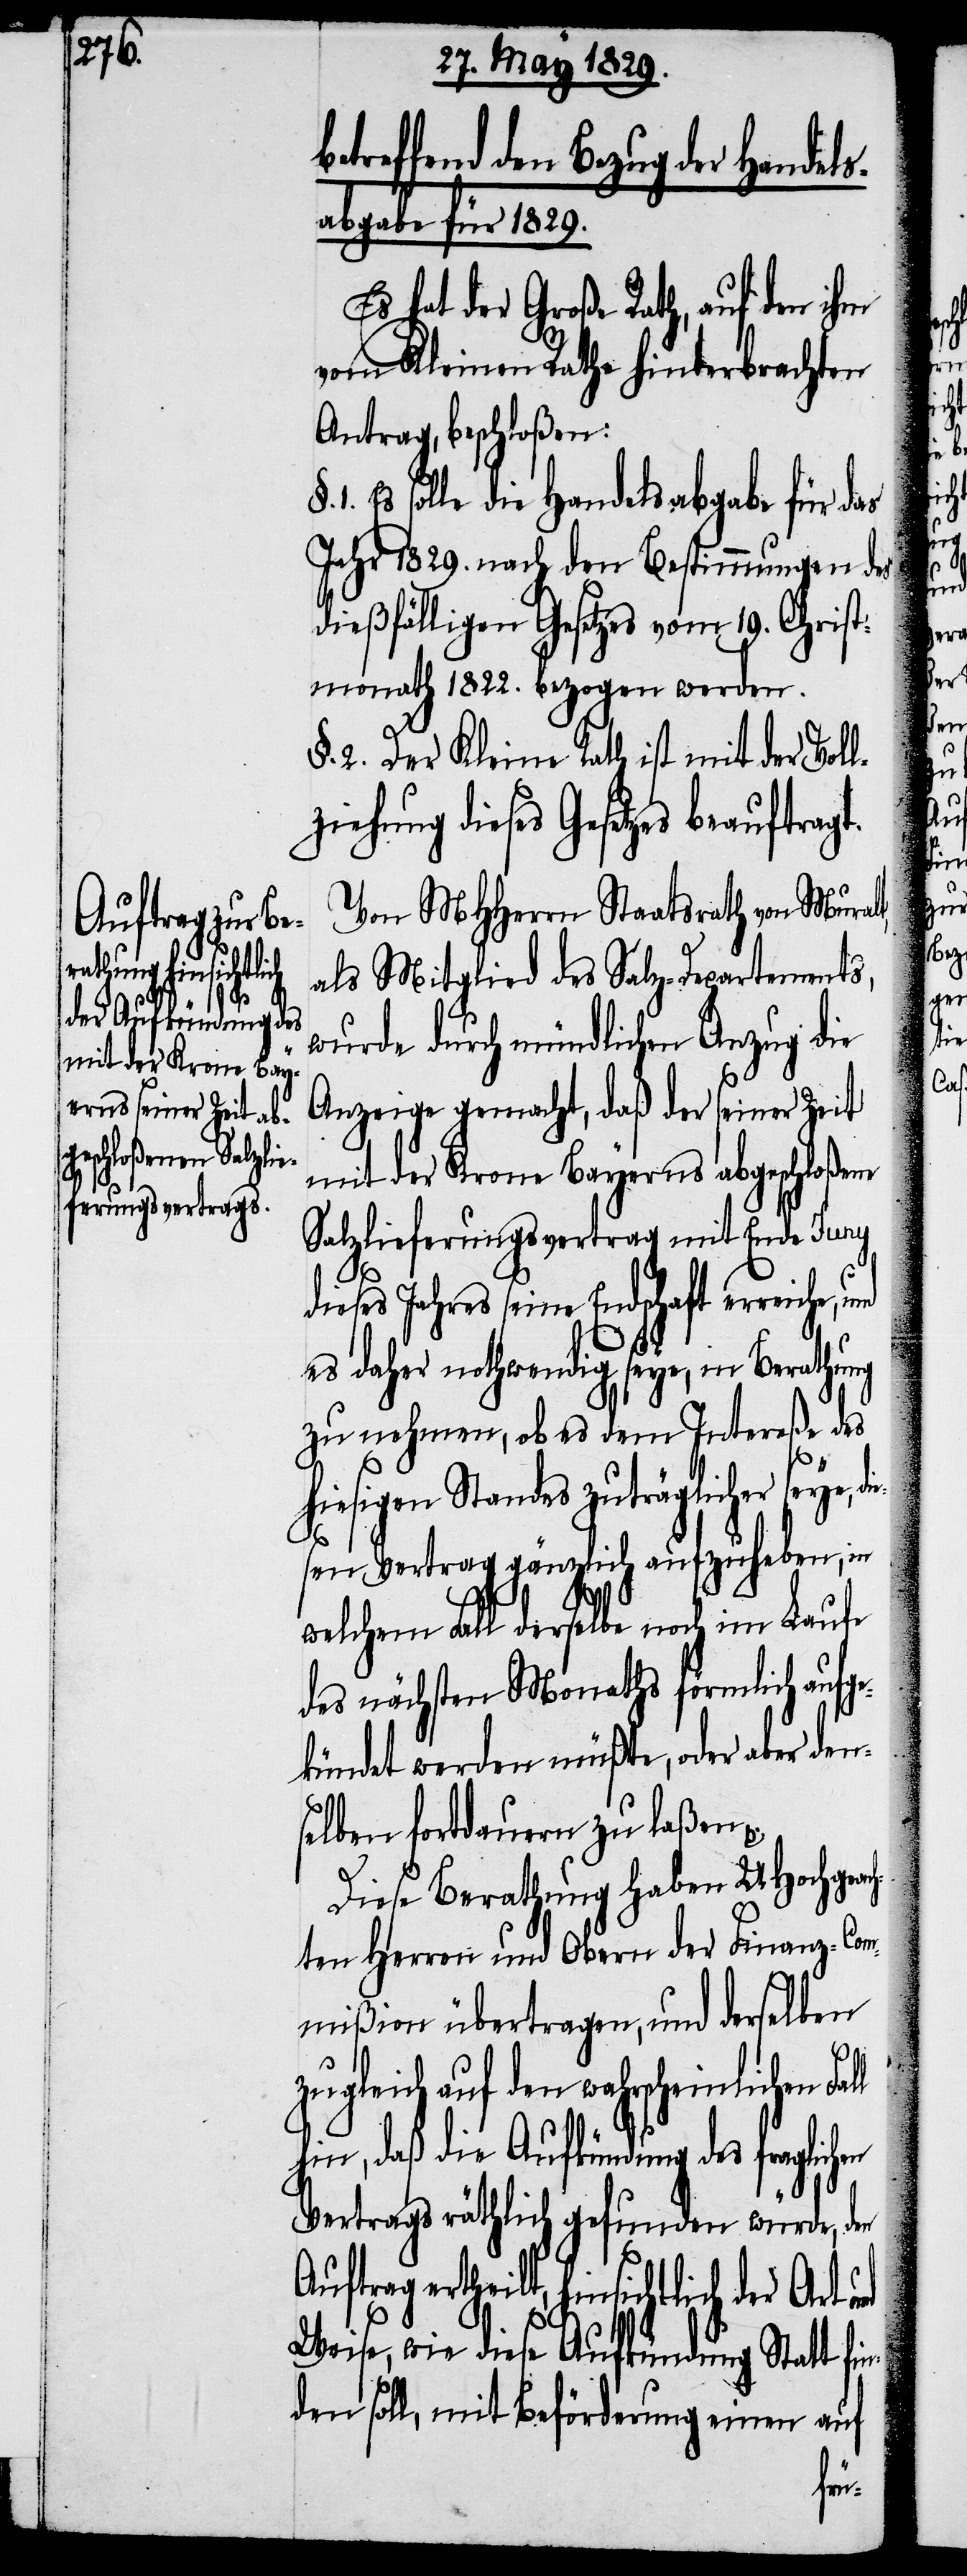
§. 1.

etreffend den Bezug der Handels¬
abgabe für 1829.
Es hat der Große Rath, auf den ihm
vom Kleinen Rathe hinterbrachten
Auftrag, beschloßen:
Es solle die Handelsabgabe für das
Jahr 1829. nach den Bestimmungen des
dießfälligen Gesetzes vom 19. Christ¬
monath 1822. bezogen werden.
§. 2. Der Kleine Rath ist mit der Voll¬
ziehung dieses Gesetzes beauftragt.
Von MHHerrn Staatsrath von Muralt,
als Mitglied des Salz-Departements,
wurde durch mündlichen Anzug die
Anzeige gemacht, daß der seiner Zeit
mit der Krone Bayerns abgeschloßene
Salzlieferungsvertrag mit Ende Juny
dieses Jahres seine Endschaft erreiche,
es daher nothwendig seye, in Berathung
zu nehmen, ob es dem Intereße des
hiesigen Standes zuträglicher seye, di¬
esen Vertrag gänzlich aufzuheben, in
welchem Fall derselbe noch im Laufe
des nächsten Monaths förmlich aufg¬
ekündet werden müßte, oder aber den¬
selben fortdauern zu laßen.
Diese Berathung haben UHochgeac¬
hten Herren und Obern der Finanz-Com¬
mißion übertragen, und derselben
z¬
ugleich auf den wahrscheinlichen
hin, daß die Aufkündung des fraglic¬
Vertrags räthlich gefunden würde, den
Auftrag ertheilt, hinsichtlich der Art
Weise, wie diese Aufkündung Statt fin¬
den soll, mit Beförderung einen auf
hen